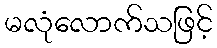
မလုံလောက်သဖြင့်